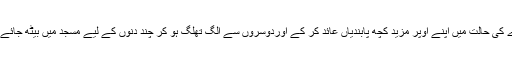
اِس کا منتہاے کمال یہ ہے کہ آدمی روزے کی حالت میں اپنے اوپر مزید کچھ پابندیاں عائد کر کے اوردوسروں سے الگ تھلگ ہو کر چند دنوں کے لیے مسجد میں بیٹھ جائے اور زیادہ سے زیادہ اللہ کی عبادت کرے۔